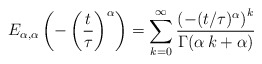
\begin{align*}E_{\alpha,\alpha}\left(-\left(\frac{t}{\tau}\right)^{\alpha}\right) = \sum\limits_{k=0}^{\infty} \frac{\left(-(t/\tau)^{\alpha}\right)^k}{\Gamma(\alpha\,k + \alpha)}\end{align*}